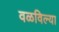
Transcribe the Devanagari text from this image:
वळविल्या